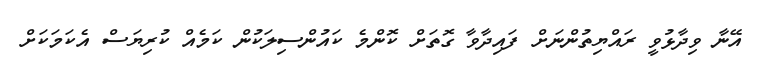
އޭނާ ވިދާޅުވީ ރައްޔިތުންނަށް ފައިދާވާ ގޮތަށް ކޮންމެ ކައުންސިލަކުން ކަމެއް ކުރިޔަސް އެކަމަކަށް